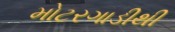
મોટરગાડીથી